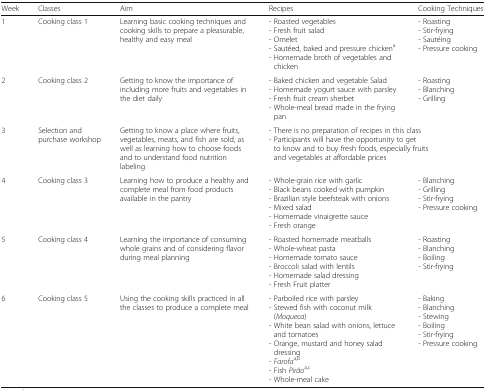
<table><thead><tr><td><b>Week</b></td><td><b>Classes</b></td><td><b>Aim</b></td><td><b>Recipes</b></td><td><b>Cooking Techniques</b></td></tr></thead><tbody><tr><td>1</td><td>Cooking class 1</td><td>Learning basic cooking techniques and cooking skills to prepare a pleasurable, healthy and easy meal</td><td>- Roasted vegetables- Fresh fruit salad- Omelet- Sautéed, baked and pressure chicken<sup>a</sup>- Homemade broth of vegetables and chicken</td><td>- Roasting- Stir-frying- Sautéing- Pressure cooking</td></tr><tr><td>2</td><td>Cooking class 2</td><td>Getting to know the importance of including more fruits and vegetables in the diet daily</td><td>- Baked chicken and vegetable Salad- Homemade yogurt sauce with parsley- Fresh fruit cream sherbet- Whole-meal bread made in the frying pan</td><td>- Roasting- Blanching- Grilling</td></tr><tr><td>3</td><td>Selection and purchase workshop</td><td>Getting to know a place where fruits, vegetables, meats, and fish are sold, as well as learning how to choose foods and to understand food nutrition labeling</td><td colspan="2">- There is no preparation of recipes in this class- Participants will have the opportunity to get to know and to buy fresh foods, especially fruits and vegetables at affordable prices</td></tr><tr><td>4</td><td>Cooking class 3</td><td>Learning how to produce a healthy and complete meal from food products available in the pantry</td><td>- Whole-grain rice with garlic- Black beans cooked with pumpkin- Brazilian style beefsteak with onions- Mixed salad- Homemade vinaigrette sauce- Fresh orange</td><td>- Blanching- Grilling- Stir-frying- Pressure cooking</td></tr><tr><td>5</td><td>Cooking class 4</td><td>Learning the importance of consuming whole grains and of considering flavor during meal planning</td><td>- Roasted homemade meatballs- Whole-wheat pasta- Homemade tomato sauce- Broccoli salad with lentils- Homemade salad dressing- Fresh Fruit platter</td><td>- Roasting- Blanching- Boiling- Stir-frying</td></tr><tr><td>6</td><td>Cooking class 5</td><td>Using the cooking skills practiced in all the classes to produce a complete meal</td><td>- Parboiled rice with parsley- Stewed fish with coconut milk (<i>Moqueca</i>)- White bean salad with onions, lettuce and tomatoes- Orange, mustard and honey salad dressing- <i>Farofa</i><sup>a,b</sup>- Fish <i>Pirão</i><sup>a,c</sup>- Whole-meal cake</td><td>- Baking- Blanching- Stewing- Boiling- Stir-frying- Pressure cooking</td></tr></tbody></table>